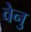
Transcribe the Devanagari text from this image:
वेनु